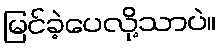
မြင်ခဲ့ပေလို့သာပဲ။